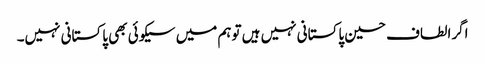
اگرالطاف حسین پاکستانی نہیں ہیں توہم میں سیکوئی بھی پاکستانی نہیں۔